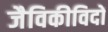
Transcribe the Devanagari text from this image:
जैविकीविदों